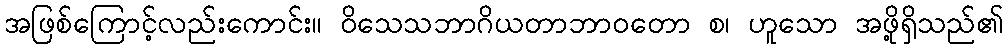
အဖြစ်ကြောင့်လည်းကောင်း။ ဝိသေသဘာဂိယတာဘာဝတော စ၊ ဟူသော အဖို့ရှိသည်၏